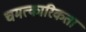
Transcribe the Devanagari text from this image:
चमत्कारिकता